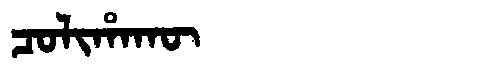
Manchu: ᠴᠣᠯᡳᡥᠠᡴᡡ
Romanization: COLIHAKŪ